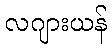
လဂျားယန်